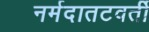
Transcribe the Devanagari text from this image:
नर्मदातटवर्ती